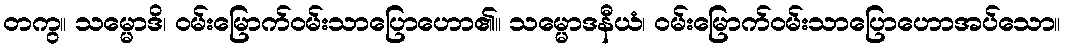
တကွ။ သမ္မောဒိ၊ ဝမ်းမြောက်ဝမ်းသာပြောဟော၏။ သမ္မောဒနီယံ၊ ဝမ်းမြောက်ဝမ်းသာပြောဟောအပ်သော။